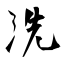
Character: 洗